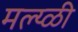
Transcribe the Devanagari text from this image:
मल्य्ळी